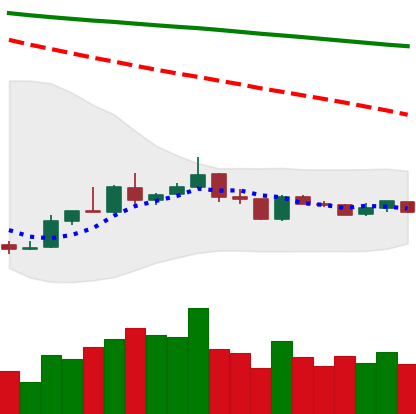
Ticker: XLM-USD
Chart end date: 2019-01-03
Forward return: 8.165%
Label: up_7plus